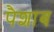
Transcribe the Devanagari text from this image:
पैशाब